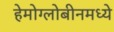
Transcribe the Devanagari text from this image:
हेमोग्लोबीनमध्ये